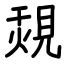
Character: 覝